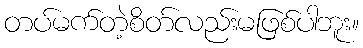
တပ်မက်တဲ့စိတ်လည်းမဖြစ်ပါဘူး။